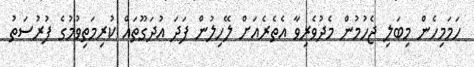
ހަމަމިހެން މިބަލި ޖެހުމުން މެދުވެރިވާ އެތެރެއަށް ލޭހިލުން ފަދަ އުދަގޫތައް ކުރިމަތިވުމުގެ ފުރުސަތު